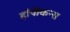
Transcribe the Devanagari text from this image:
हॉपीकन्स